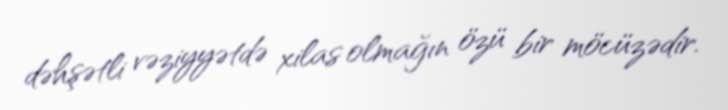
dəhşətli vəziyyətdə xilas olmağın özü bir möcüzədir.